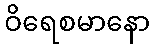
ဝိရေစမာနော